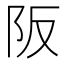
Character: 阪